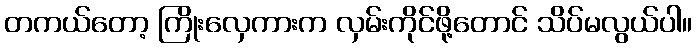
တကယ်တော့ ကြိုးလှေကားက လှမ်းကိုင်ဖို့တောင် သိပ်မလွယ်ပါ။